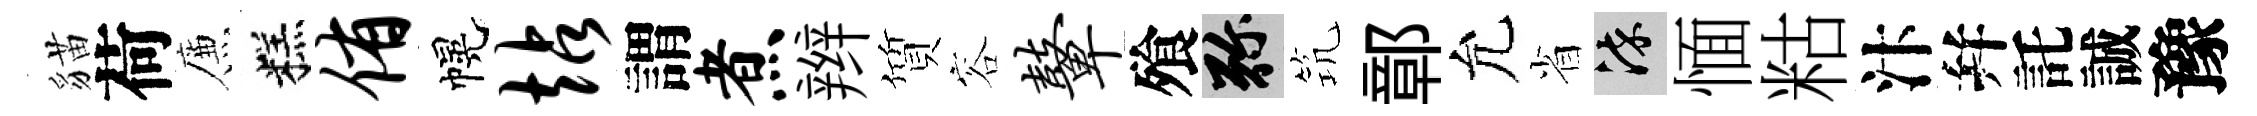
貓荷簾糕侑幌站謂煮辫質容鼙飱弥𥬑鄣允省染愐䊀汴幷託誠豫